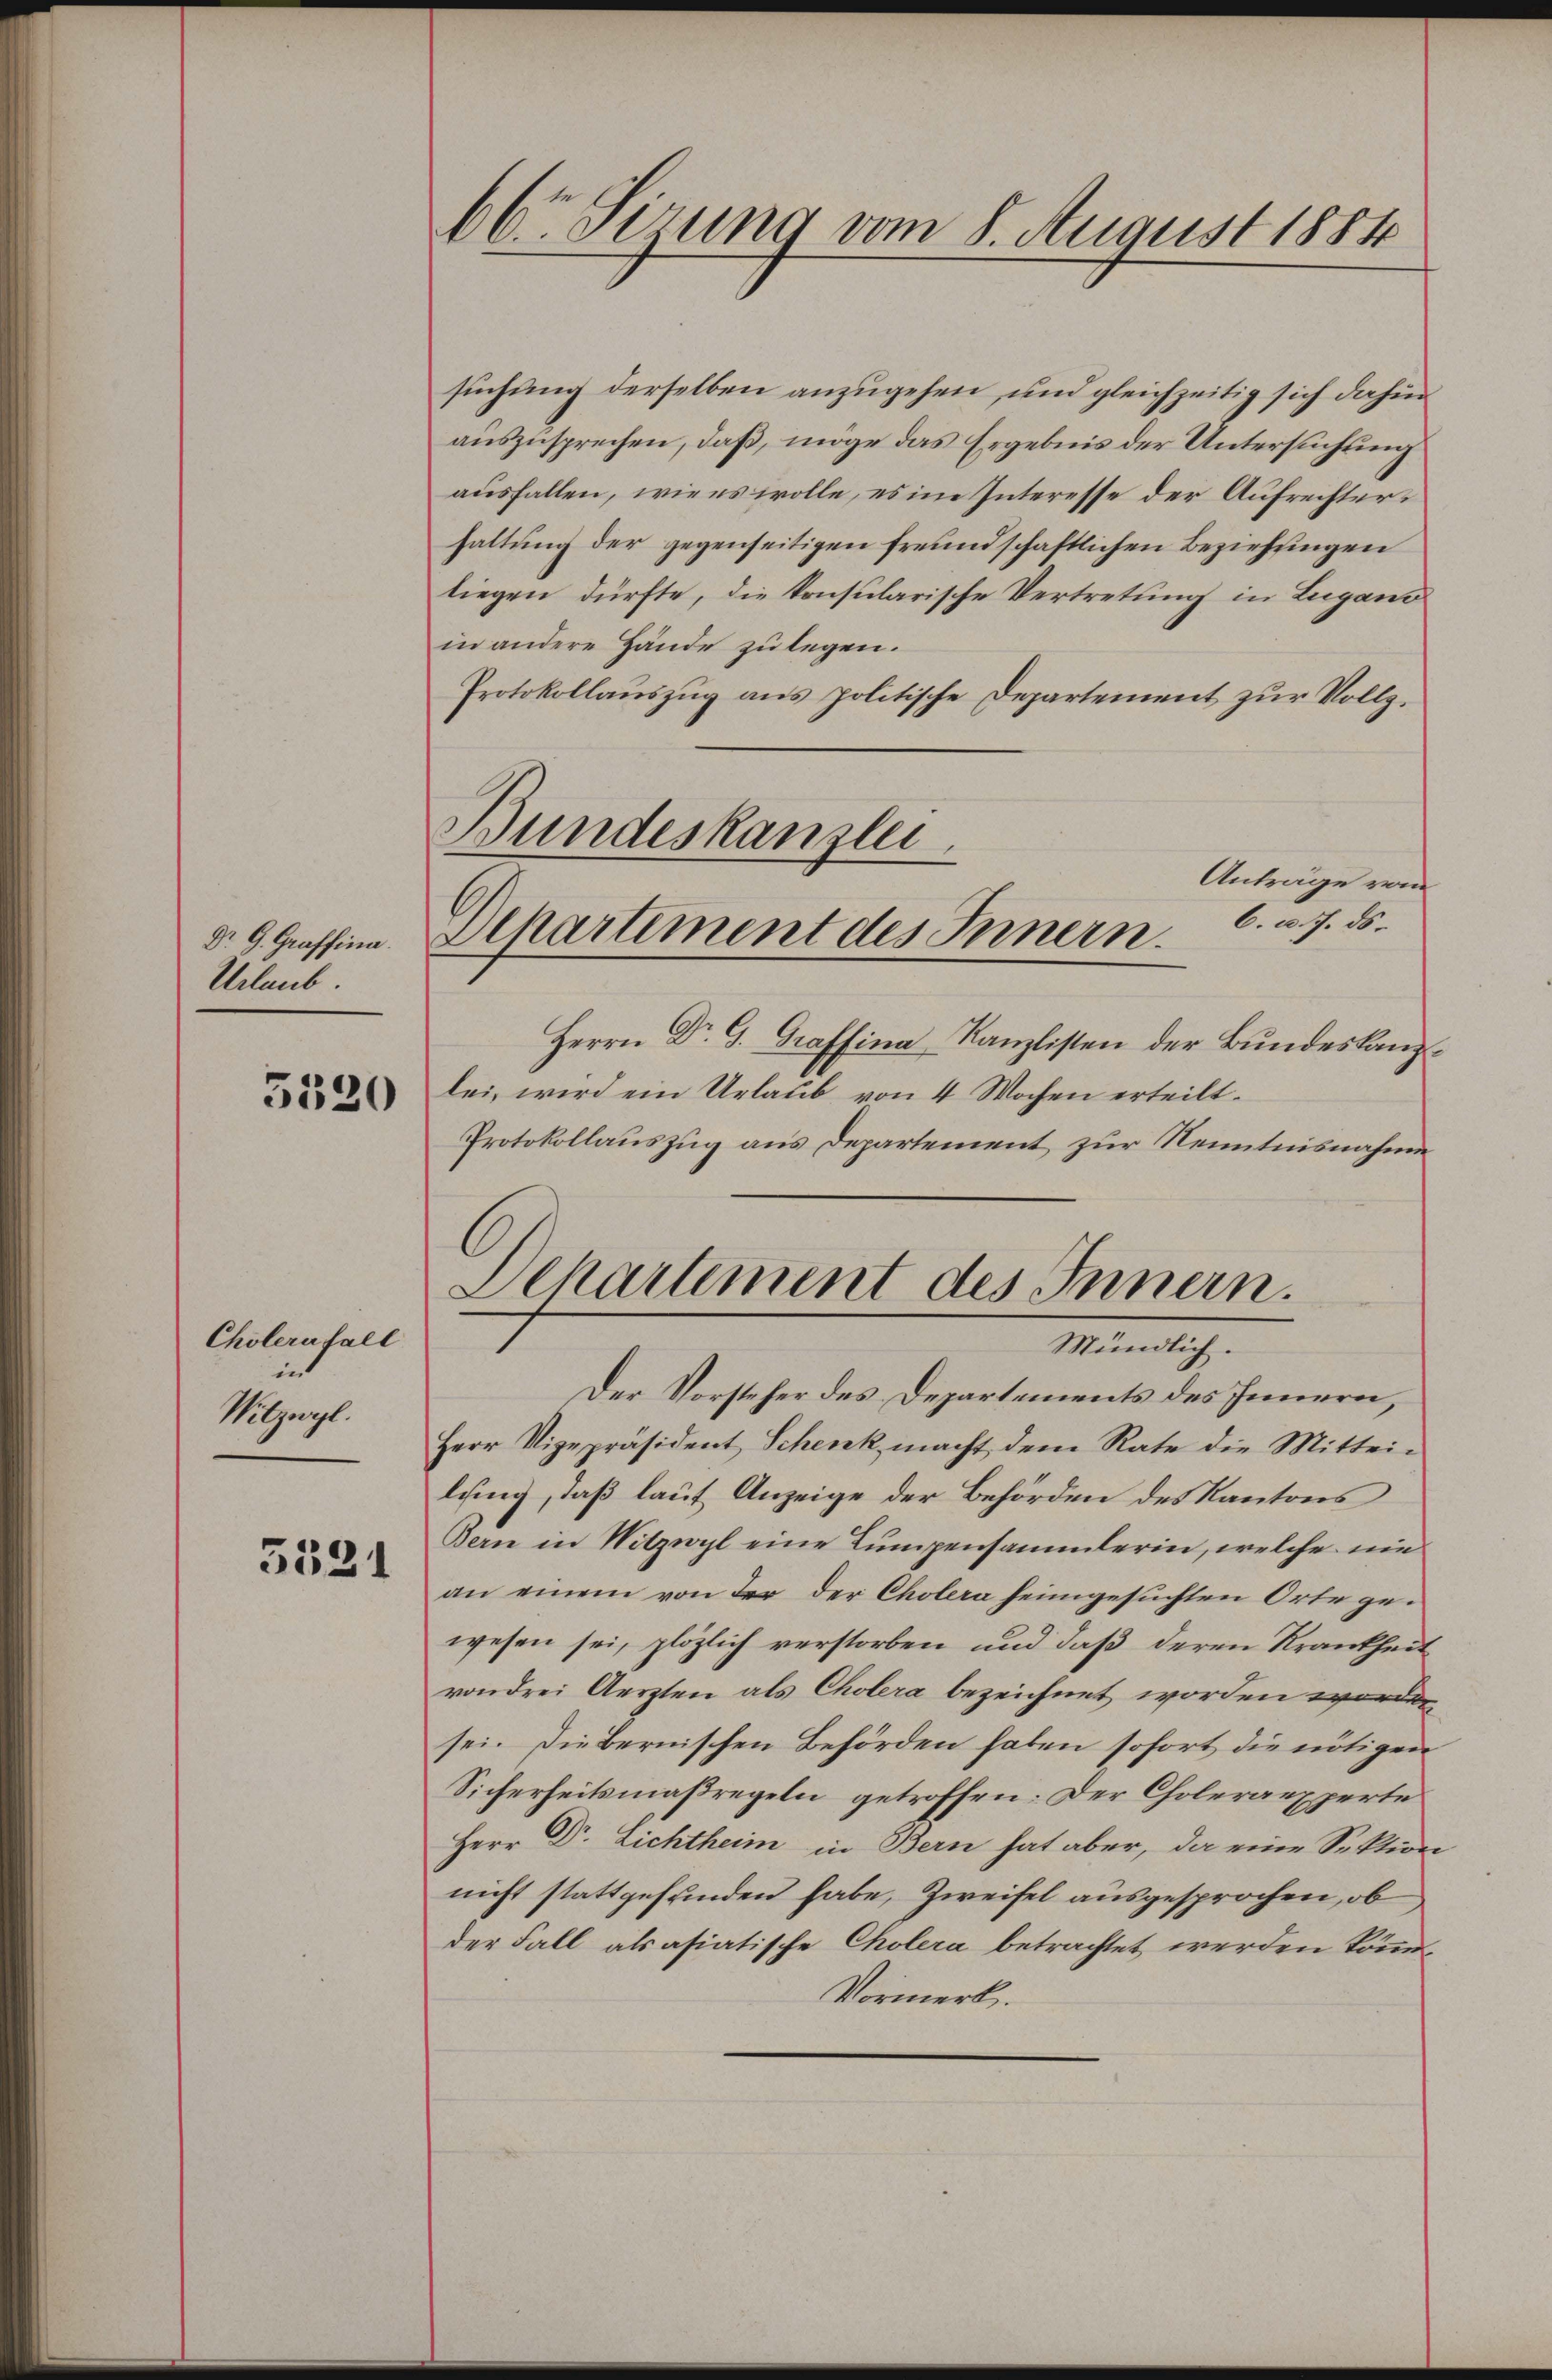
Dr. G. Graffina
Urlaub

5520

Cholera fall
int
Wilzwygl.

5521

66r Sitzung vom 8. August 1884

suchung derselben anzugehen, und gleichzeitig sich dahin
auszusprechen, daß, möge das Ergebnis der Untersuchung
ausfallen, wie es wolle, es im Interesse der Aufrechterhaltung der gegenseitigen freundschaftlichen Beziehungen
liegen dürfte, die konsularische Vertretung in Lugano
in andere Hände zu legen.
Protokollauszug aus politische Departement zur Vollz.
Herrn Dr G. Graffina Kanzlisten der Bundeskanz
lei, wird ein Urlaub von 4 Wochen erteilt.
Protokollauszug aus Departement zur Kenntnisnahme
Departement des Innern.
Mündlich.
Der Vorsteher des Departements des Innern,
Herr Vizepräsident Schenk macht dem Rate die Mittei-
lung, daß laut Anzeige der Behörden des Kantons
Bern in Nitzwyl eine Lumpensammlerin, welche nie
an einem von der der Cholera heimgesuchten Orte gewesen sei, plötzlich verstorben und daß deren Krankheit
von drei Aerzten als Cholera bezeichnet worden worden.
sei. Die Bernischen Behörden haben sofort die nötigen
Sicherheitsmaßregeln getroffen: Der Choleraexperte
Herr Dr. Lichtheim in Bern hat aber, da eine Sektere
nicht stattgefunden habe, Zweifel ausgesprochen, ob
der Fall als asiatische Cholera betrachtet werden könn¬
Vormerk.

Bundeskanzlei
Anträge vom
Departement des Innern. C. c. 7. ds.